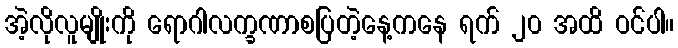
အဲ့လိုလူမျိုးကို ရောဂါလက္ခဏာစပြတဲ့နေ့ကနေ ရက် ၂၀ အထိ ဝင်ပါ။